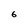
Character: 6